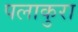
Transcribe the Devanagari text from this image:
पलाकुरा